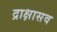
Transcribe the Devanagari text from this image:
द्राक्षासव